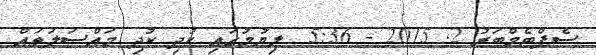
ސެޕްޓެމްބަރު 2